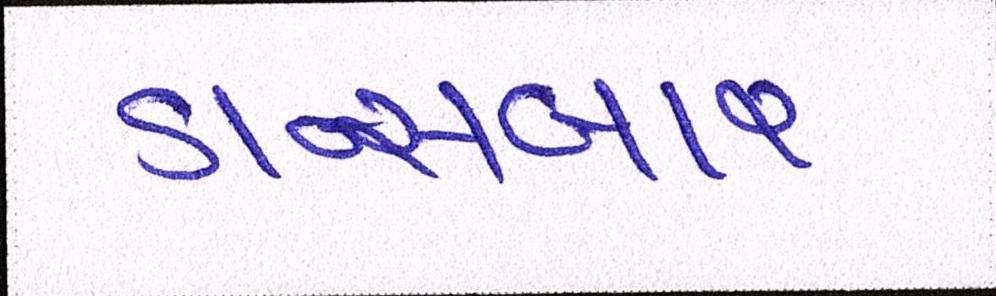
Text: ડાન્સબાર